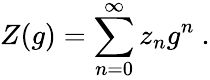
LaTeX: Z(g)=\sum_{n=0}^{\infty}z_{n}g^{n}\ .